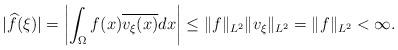
LaTeX: \begin{align*}|\widehat{f}(\xi)|=\left|\int_{\Omega}f(x)\overline{v_{\xi}(x)}dx\right|\leq\|f\|_{L^{2}}\|v_{\xi}\|_{L^{2}}=\|f\|_{L^{2}}<\infty.\end{align*}